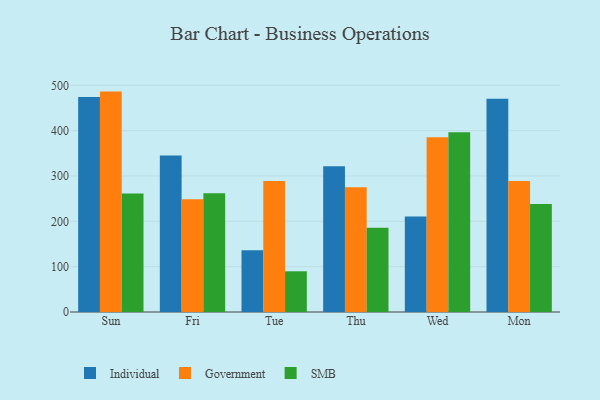
{"axis": {"x": "Day", "y": "Population (Million)"}, "legend": ["Government", "Individual", "SMB"], "data": [{"x": "Sun", "y": 474.1, "type": "Individual"}, {"x": "Sun", "y": 486.1, "type": "Government"}, {"x": "Sun", "y": 261.1, "type": "SMB"}, {"x": "Fri", "y": 345.0, "type": "Individual"}, {"x": "Fri", "y": 248.4, "type": "Government"}, {"x": "Fri", "y": 262.0, "type": "SMB"}, {"x": "Tue", "y": 136.4, "type": "Individual"}, {"x": "Tue", "y": 289.2, "type": "Government"}, {"x": "Tue", "y": 89.8, "type": "SMB"}, {"x": "Thu", "y": 321.4, "type": "Individual"}, {"x": "Thu", "y": 275.2, "type": "Government"}, {"x": "Thu", "y": 185.6, "type": "SMB"}, {"x": "Wed", "y": 210.8, "type": "Individual"}, {"x": "Wed", "y": 385.4, "type": "Government"}, {"x": "Wed", "y": 396.3, "type": "SMB"}, {"x": "Mon", "y": 470.5, "type": "Individual"}, {"x": "Mon", "y": 288.9, "type": "Government"}, {"x": "Mon", "y": 238.1, "type": "SMB"}]}